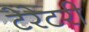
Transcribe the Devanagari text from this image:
टेरेटरी